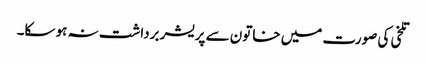
تلخی کی صورت میں خاتون سے پریشر برداشت نہ ہو سکا۔